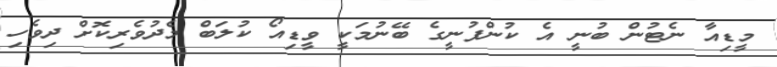
މީޑިއާ ނެޓުން ބުނީ އެ ކުންފުނީގެ ބޭނުމަކީ ވީޑިއޯ ކުލަބް މެދުވެރިކޮށް ދިވެހި